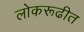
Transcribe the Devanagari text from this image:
लोकरूढीत